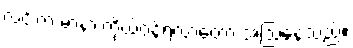
လင်းက မာနာ ကိုယ်ဝန်ရလာတော့ အံ့ဩနေသည်။